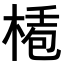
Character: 𣕅